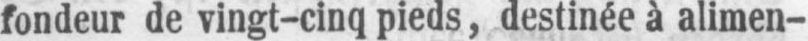
fondeur de vingt-cinq pieds, destinée à alimen-